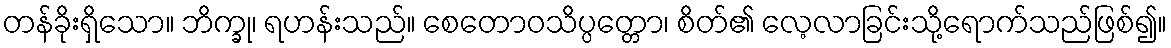
တန်ခိုးရှိသော။ ဘိက္ခု၊ ရဟန်းသည်။ စေတောဝသိပ္ပတ္တော၊ စိတ်၏ လေ့လာခြင်းသို့ရောက်သည်ဖြစ်၍။